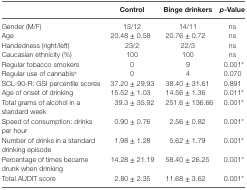
|  | Control | Binge drinkers | p-Value |
 | --- | --- | --- | --- |
 | Gender (M/F) | 13/12 | 14/11 | ns |
 | Age | 20.48 ± 0.58 | 20.76 ± 0.72 | ns |
 | Handedness (right/left) | 23/2 | 22/3 | ns |
 | Caucasian ethnicity (%) | 100 | 100 | ns |
 | Regular tobacco smokers | 0 | 9 | 0.001* |
 | Regular use of cannabisa | 0 | 4 | 0.070 |
 | SCL-90-R: GSI percentile scores | 37.20 ± 29.93 | 38.40 ± 31.61 | 0.891 |
 | Age of onset of drinking | 15.52 ± 1.03 | 14.56 ± 1.36 | 0.011* |
 | Total grams of alcohol in a standard week | 39.3 ± 35.92 | 251.6 ± 136.66 | 0.001* |
 | Speed of consumption: drinks per hour | 0.90 ± 0.76 | 2.56 ± 0.82 | 0.001* |
 | Number of drinks in a standard drinking episode | 1.98 ± 1.28 | 5.62 ± 1.79 | 0.001* |
 | Percentage of times became drunk when drinking | 14.28 ± 21.19 | 58.40 ± 26.25 | 0.001* |
 | Total AUDIT score | 2.80 ± 2.35 | 11.68 ± 3.62 | 0.001* |